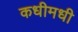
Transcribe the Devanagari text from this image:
कधीमधी